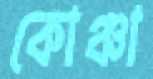
কোঞ্চা